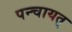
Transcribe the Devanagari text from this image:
पन्चायत्